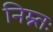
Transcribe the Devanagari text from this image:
निम्न्तः